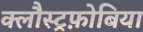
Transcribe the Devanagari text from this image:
क्लौस्ट्रफ़ोबिया